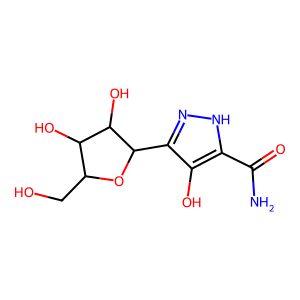
SMILES: NC(=O)c1[nH]nc(C2OC(CO)C(O)C2O)c1O
Inhibits HIV replication: No